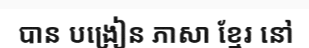
បាន បង្រៀន ភាសា ខ្មែរ នៅ